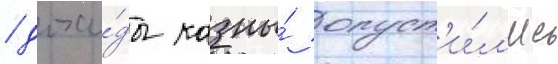
/ дохо́ды казны́ опуст'и́л'ись